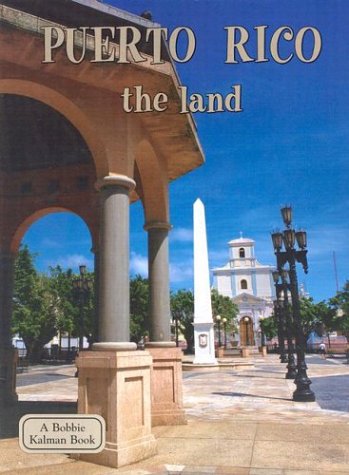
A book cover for Puerto Rico the Land (Lands, Peoples, & Cultures); Erinn Banting; Travel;